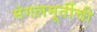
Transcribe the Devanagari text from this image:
मंगलमूर्तीची